Scottish Certificate of Education, 1962
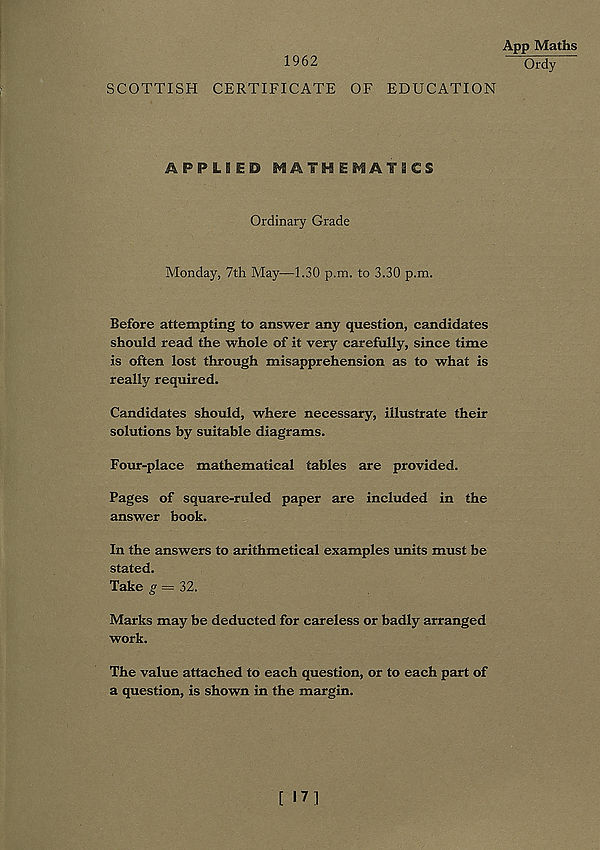
1962
SCOTTISH CERTIFICATE OF EDUCATION
APPLIED MATHEMATICS
Ordinary Grade
Monday, 7th May—1.30 p.m. to 3.30 p.m.
Before attempting to answer any question, candidates
should read the whole of it very carefully, since time
is often lost through misapprehension as to what is
really required.
Candidates should, where necessary, illustrate their
solutions by suitable diagrams.
Four-place mathematical tables are provided.
Pages of square-ruled paper are included in the
answer book.
In the answers to arithmetical examples units must be
stated.
Take g = 32.
Marks may be deducted for careless or badly arranged
work.
The value attached to each question, or to each part of
a question, is shown in the margin.
App Maths
Ordy
[ 17]